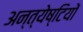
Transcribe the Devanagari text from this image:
अन्त्येष्टियों